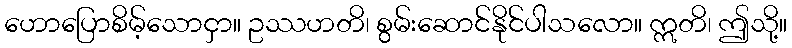
ဟောပြောစိမ့်သောငှာ။ ဥဿဟတိ၊ စွမ်းဆောင်နိုင်ပါသလော။ ဣတိ၊ ဤသို့။